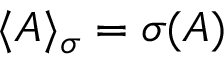
\langle A \rangle _ { \sigma } = \sigma ( A )